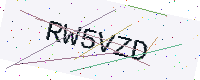
Text: RW5VZD